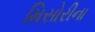
મિસોરીના